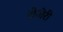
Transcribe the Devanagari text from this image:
रोजेरी